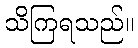
သိကြရသည်။